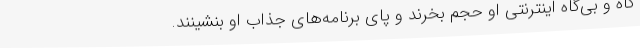
گاه و بی‌گاه اینترنتی او حجم بخرند و پای برنامه‌های جذاب او بنشینند.